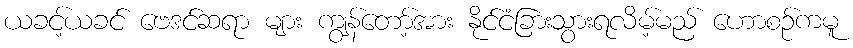
ယခင့်ယခင် ဗေဒင်ဆရာ များ ကျွန်တော့်အား နိုင်ငံခြားသွားရလိမ့်မည် ဟောစဉ်ကမူ